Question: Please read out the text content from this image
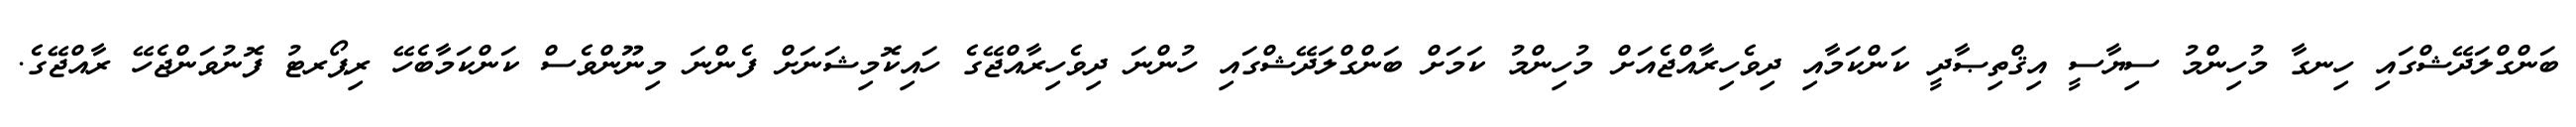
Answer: ބަންގްލަދޭޝްގައި ހިނގާ މުހިންމު ސިޔާސީ އިޤްތިޞާދީ ކަންކަމާއި ދިވެހިރާއްޖެއަށް މުހިންމު ކަމަށް ބަންގްލަދޭޝްގައި ހުންނަ ދިވެހިރާއްޖޭގެ ހައިކޮމިޝަނަށް ފެންނަ މިނޫންވެސް ކަންކަމާބެހޭ ރިޕޯރޓު ފޮނުވަންޖެހޭ ރާއްޖޭގެ.